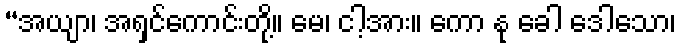
“အယျာ၊ အရှင်ကောင်းတို့။ မေ၊ ငါ့အား။ ကော နု ခေါ ဒေါသော၊